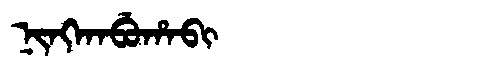
Manchu: ᠨᡳᠩᡴᠠᠪᡠᡥᠠᠪᡳ
Romanization: NINGKABUHABI